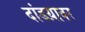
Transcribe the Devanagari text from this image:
दांडय़ावर